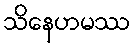
သိနေဟမဿ